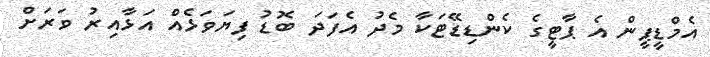
އެމްޑީޕީން އެ ޕާޓީގެ ކެންޑިޑޭޓަކާ މެދު އެފަދަ ބޮޑު ފިޔަވަޅެއް އަޅާއިރު ވަރަށް